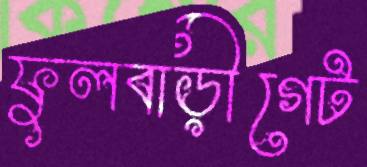
ফুলবাড়ীগেট